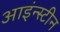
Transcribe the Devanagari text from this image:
आइंन्स्टीन